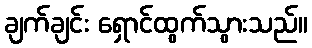
ချက်ချင်း ရှောင်ထွက်သွားသည်။